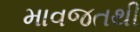
માવજતથી